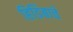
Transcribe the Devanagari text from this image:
हिडिंबाचे